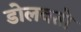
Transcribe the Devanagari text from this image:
डोलवतो